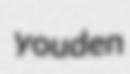
youden